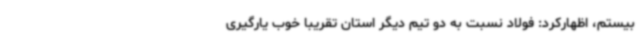
بیستم، اظهارکرد: فولاد نسبت به دو تیم دیگر استان تقریبا خوب یارگیری